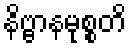
နိဗ္ဗာနမုစ္စတိ